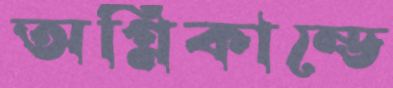
অগ্নিকান্ডে